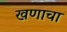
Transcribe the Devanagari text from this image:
खणाचा